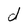
Character: d